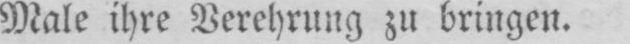
Male ihre Verehrung zu bringen.